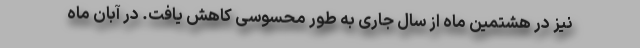
نیز در هشتمین ماه از سال جاری به طور محسوسی کاهش یافت. در آبان ماه